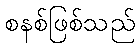
စနစ်ဖြစ်သည်